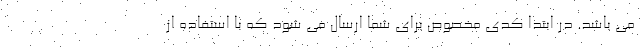
می باشد. در ابتدا کدی مخصوص برای شما ارسال می شود که با استفاده از